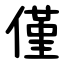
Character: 僅